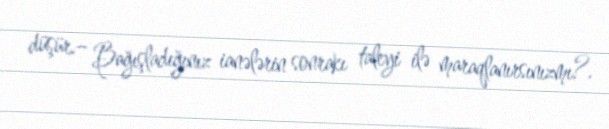
düşür.– Bağışladığınız ianələrin sonrakı taleyi ilə maraqlanırsınızmı?.